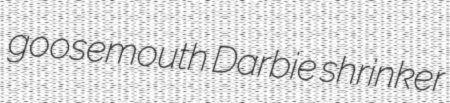
goosemouth Darbie shrinker